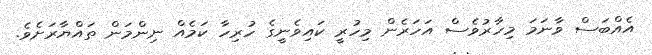
އެއްބަސް ވާނަމަ މިހާރުވެސް އަހަރެން މިހުރީ ކައިވެނީގެ ހުރިހާ ކަމެއް ނިންމަން ތައްޔާރަށެވެ.